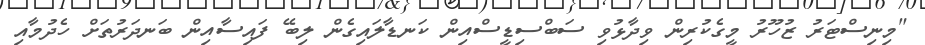
"މިނިސްޓަރު ޒުހޫރު މީގެކުރިން ވިދާޅުވި ސަބްސިޑީސްއިން ކަނޑާލައިގެން ލިބޭ ފައިސާއިން ބަނދަރުތަށް ހެދުމާއި